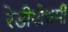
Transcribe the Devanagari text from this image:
रेडीयोधर्मी